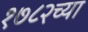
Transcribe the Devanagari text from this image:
१७८२च्या